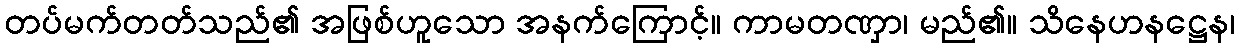
တပ်မက်တတ်သည်၏ အဖြစ်ဟူသော အနက်ကြောင့်။ ကာမတဏှာ၊ မည်၏။ သိနေဟနဋ္ဌေန၊